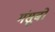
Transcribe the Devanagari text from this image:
मंसूबो